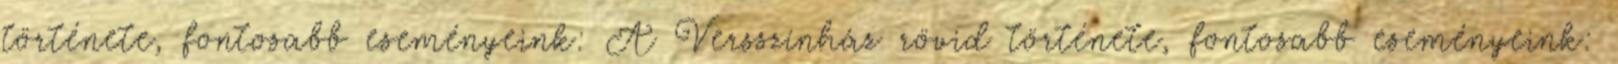
története, fontosabb eseményeink: A Versszínház rövid története, fontosabb eseményeink: